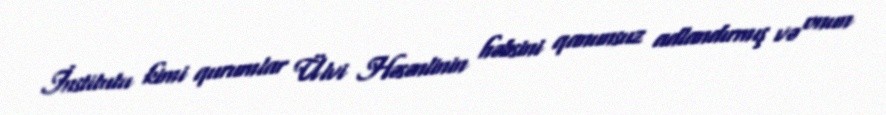
İnstitutu kimi qurumlar Ülvi Həsənlinin həbsini qanunsuz adlandırmış və onun